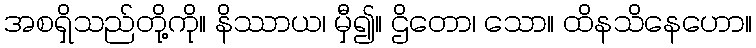
အစရှိသည်တို့ကို။ နိဿာယ၊ မှီ၍။ ဌိတော၊ သော။ ထိနသိနေဟော။